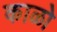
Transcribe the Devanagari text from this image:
काळो